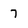
Character: 7